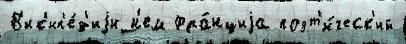
В'ик'ип'е́д'иjи н'ем Фра́нциjа поэт'и́ческ'ий